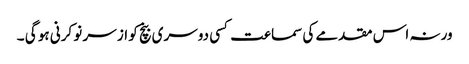
ورنہ اس مقدمے کی سماعت کسی دوسری بنچ کو از سر نو کرنی ہو گی ۔